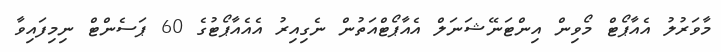
މާވަރުލު އެއާޕޯޓް މޯވިން އިންޓަނޭޝަނަލް އެއާޕޯޓްއަތުން ނެގިއިރު އެއެއާޕޯޓުގެ 60 ޕަސެންޓް ނިމިފައިވާ